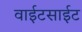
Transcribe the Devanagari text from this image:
वाईटसाईट